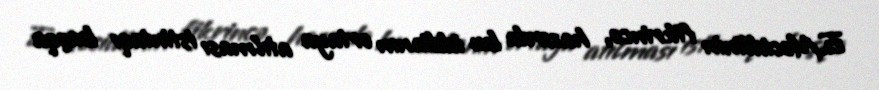
E.Məcidlinin fikrincə, hazırda bu iddianın ortaya atılması istintaqı başqa